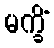
မက္ခိံ